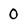
Character: 0